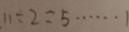
1 1 \div 2 = 5 \cdots 1